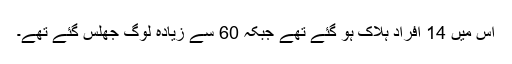
اس میں 14 افراد ہلاک ہو گئے تھے جبکہ 60 سے زیادہ لوگ جھلس گئے تھے۔